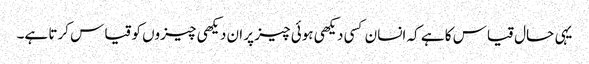
یہی حال قیاس کا ہے کہ انسان کسی دیکھی ہوئی چیز پر ان دیکھی چیزوں کو قیاس کرتا ہے۔